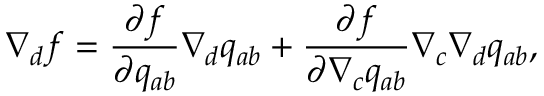
\nabla _ { d } f = \frac { \partial f } { \partial q _ { a b } } \nabla _ { d } q _ { a b } + \frac { \partial f } { \partial \nabla _ { c } q _ { a b } } \nabla _ { c } \nabla _ { d } q _ { a b } ,